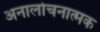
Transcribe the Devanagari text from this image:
अनालोचनात्मक